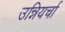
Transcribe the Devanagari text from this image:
उन्नियर्चा